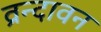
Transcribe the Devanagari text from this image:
व्रन्दावन